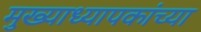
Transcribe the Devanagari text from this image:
मुख्याध्यापकांच्या